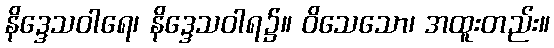
နိဒ္ဒေသဝါရေ၊ နိဒ္ဒေသဝါရ၌။ ဝိသေသော၊ အထူးတည်း။